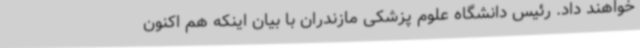
خواهند داد. رئیس دانشگاه علوم پزشکی مازندران با بیان اینکه هم اکنون